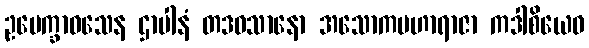
ဥပေက္ခာဝသေန ဌာပါနံ တဒဝသာနော အသောကမဟာရာဇာ ကဒါစိယေဝ